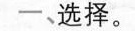
一、选择。